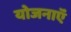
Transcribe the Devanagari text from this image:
योजनाऍं